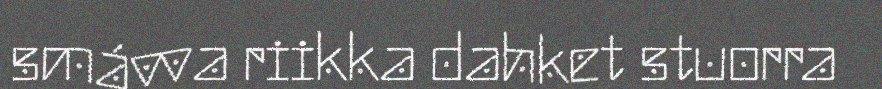
smávva riikka dahket stuorra